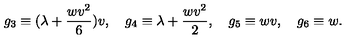
g _ { 3 } \equiv ( \lambda + \frac { w v ^ { 2 } } { 6 } ) v , \quad g _ { 4 } \equiv \lambda + \frac { w v ^ { 2 } } { 2 } , \quad g _ { 5 } \equiv w v , \quad g _ { 6 } \equiv w .